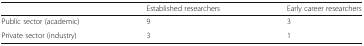
<table><thead><tr><td></td><td><b>Established researchers</b></td><td><b>Early career researchers</b></td></tr></thead><tbody><tr><td>Public sector (academic)</td><td>9</td><td>3</td></tr><tr><td>Private sector (industry)</td><td>3</td><td>1</td></tr></tbody></table>